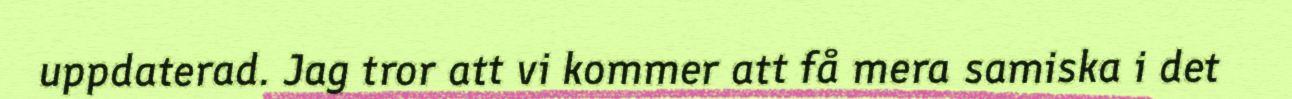
uppdaterad. Jag tror att vi kommer att få mera samiska i det